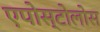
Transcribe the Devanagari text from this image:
एपोस्टोलोस